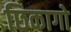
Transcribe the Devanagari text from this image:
छिकागो